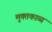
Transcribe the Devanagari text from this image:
मुक्तकाव्य